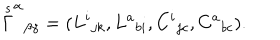
\stackrel { s } { \Gamma } ^ { \alpha } { } _ { \beta \gamma } = ( L ^ { i } { } _ { j k } , L ^ { a } { } _ { b i } , C ^ { i } { } _ { j c } , C ^ { a } { } _ { b c } ) .